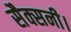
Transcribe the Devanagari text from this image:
सैक्सनी।